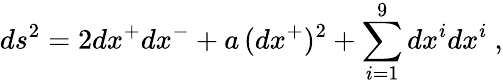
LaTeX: ds^{2}=2dx^{+}dx^{-}+a\, (dx^{+})^{2}+\sum_{i=1}^{9}dx^{i}dx^{i}~,